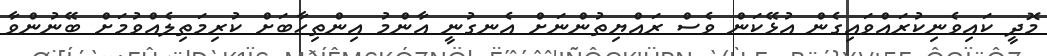
މޮދީ ކައިވެނިކުރައްވައިގެން އުޅޭކަން ވެސް ރައްޔިތުންނަށް އެނގުނީ އާންމު އިންތިހާބަށް ކުރިމަތިލެއްވުމަށް ބޭނުންވާ